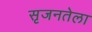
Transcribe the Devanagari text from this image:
सृजनतेला